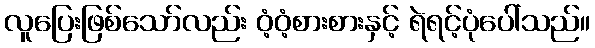
လူပြေးဖြစ်သော်လည်း ဝံ့ဝံ့စားစားနှင့် ရဲရင့်ပုံပေါ်သည်။